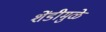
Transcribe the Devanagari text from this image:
शेंडीमुळे